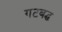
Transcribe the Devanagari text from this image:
गटबद्ध